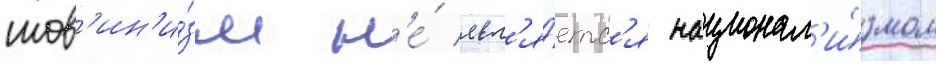
шов'ин'и́зм н'е́ явл'я́етс'я национал'и́змом